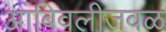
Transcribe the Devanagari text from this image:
आंबिवलीजवळ